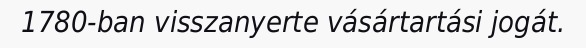
1780-ban visszanyerte vásártartási jogát.